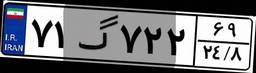
۷۱گ۷۲۲۶۹